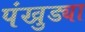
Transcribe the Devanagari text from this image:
पंखुड्या